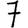
Digit: 7